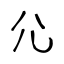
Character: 尣